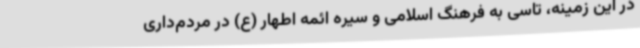
در این زمینه، تاسی به فرهنگ اسلامی و سیره ائمه اطهار (ع) در مردم‌داری